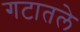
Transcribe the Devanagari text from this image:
गटातले